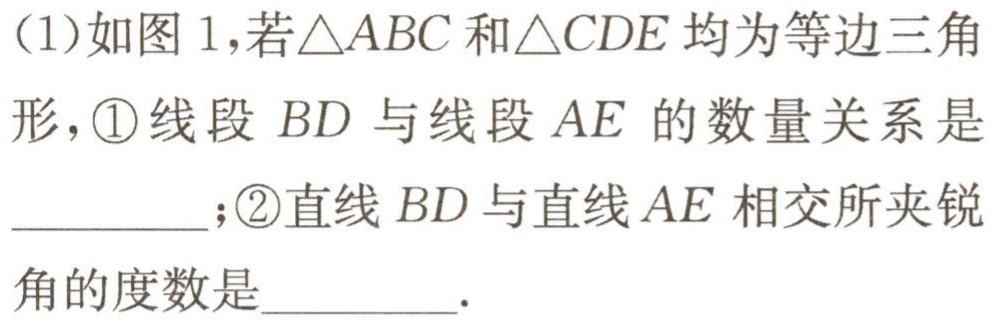
(1)如图1,若$\triangle ABC$和$\triangle CDE$均为等边三角形, \textcircled{1}线段$BD$与线段$AE$的数量关系是_________; \textcircled{2}直线$BD$与直线$AE$相交所夹锐角的度数是_________.